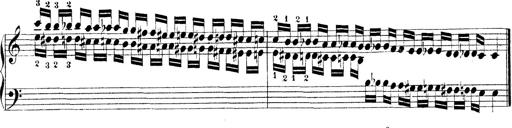
Title: Technische Studien
Composer: Franz Liszt